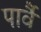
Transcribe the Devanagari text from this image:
पार्वै